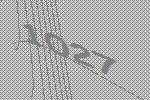
1027